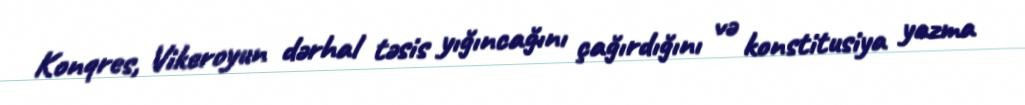
Konqres, Vikeroyun dərhal təsis yığıncağını çağırdığını və konstitusiya yazma